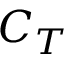
C _ { T }